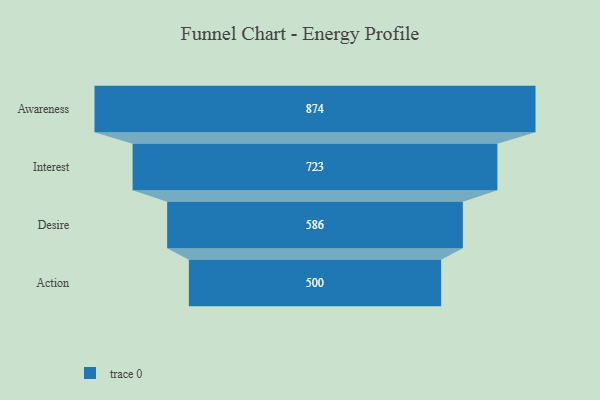
{"axis": {"x": "Stage", "y": "Value"}, "legend": [""], "data": [{"x": "Awareness", "y": 874.0, "type": ""}, {"x": "Interest", "y": 723.0, "type": ""}, {"x": "Desire", "y": 586.0, "type": ""}, {"x": "Action", "y": 500, "type": ""}]}